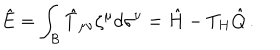
LaTeX: \hat { E } = \int _ { \cal B } \hat { T } _ { \mu \nu } \zeta ^ { \mu } d \sigma ^ { \nu } = \hat { H } - T _ { H } \hat { Q } \, .